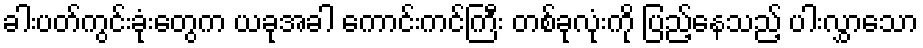
ခါးပတ်ကွင်းခုံးတွေက ယခုအခါ ကောင်းကင်ကြီး တစ်ခုလုံးကို ပြည့်နေသည့် ပါးလွှာသော